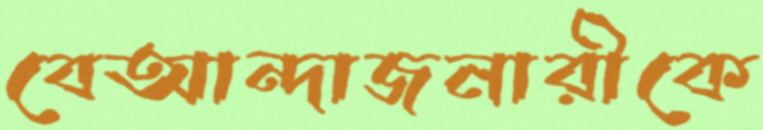
বেআন্দাজনারীকে